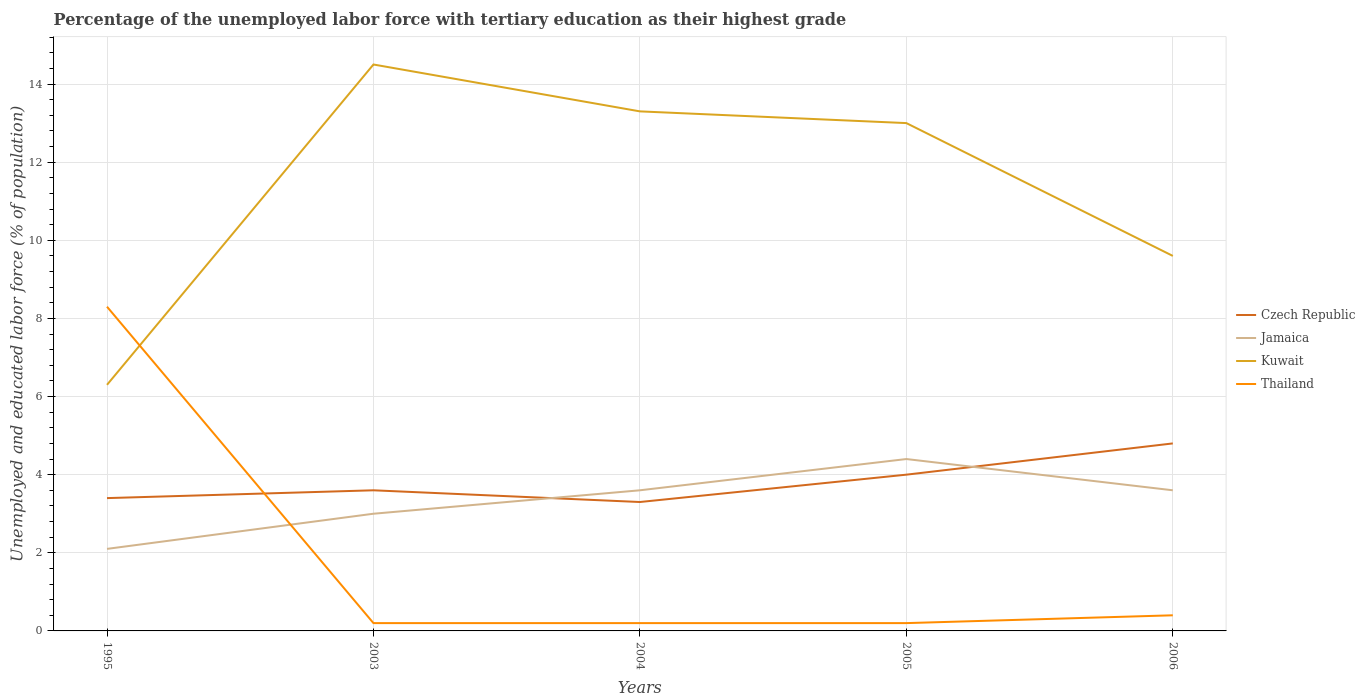
| Years | Czech Republic | Jamaica | Kuwait | Thailand |
 | --- | --- | --- | --- | --- |
 | 1995 | 3.4 | 2.1 | 6.3 | 8.3 |
 | 2003 | 3.6 | 3 | 14.5 | 0.2 |
 | 2004 | 3.3 | 3.6 | 13.3 | 0.2 |
 | 2005 | 4 | 4.4 | 13 | 0.2 |
 | 2006 | 4.8 | 3.6 | 9.6 | 0.4 |